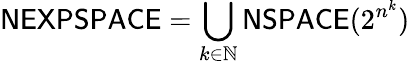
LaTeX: {\mathsf{NEXPSPACE}}=\bigcup_{k\in\mathbb{N}}{\mathsf{NSPACE}}(2^{n^{k}})